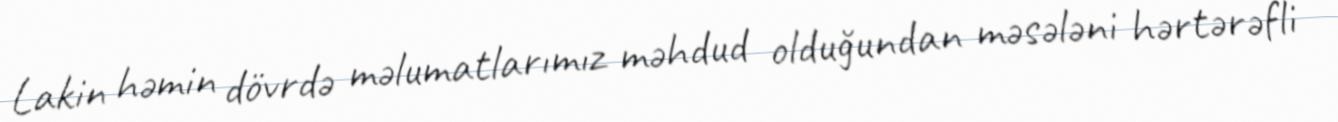
Lakin həmin dövrdə məlumatlarımız məhdud olduğundan məsələni hərtərəfli